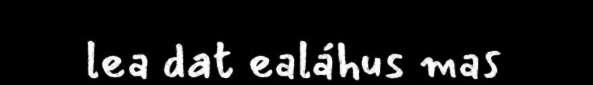
lea dat ealáhus mas